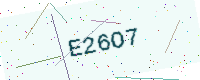
Text: E26O7